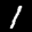
Label: 1